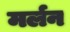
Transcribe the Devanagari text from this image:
मर्लन